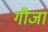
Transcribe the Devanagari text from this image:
गौजा